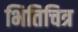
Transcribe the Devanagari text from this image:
भितिचित्र